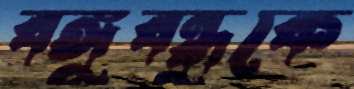
বঙ্গুবন্ধুকে